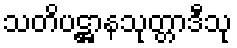
သတိပဋ္ဌာနသုတ္တာဒီသု